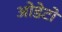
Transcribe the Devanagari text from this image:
ओडेटो